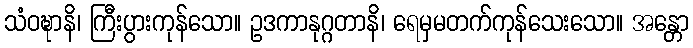
သံဝဍ္ဎာနိ၊ ကြီးပွားကုန်သော။ ဥဒကာနုဂ္ဂတာနိ၊ ရေမှမတက်ကုန်သေးသော။ အန္တော